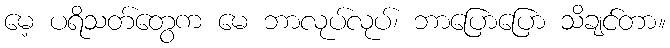
မေ့ ပရိသတ်တွေက မေ ဘာလုပ်လုပ်၊ ဘာပြောပြော သိချင်တာ။